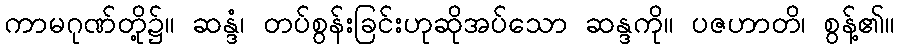
ကာမဂုဏ်တို့၌။ ဆန္ဒံ၊ တပ်စွန်းခြင်းဟုဆိုအပ်သော ဆန္ဒကို။ ပဇဟာတိ၊ စွန့်၏။